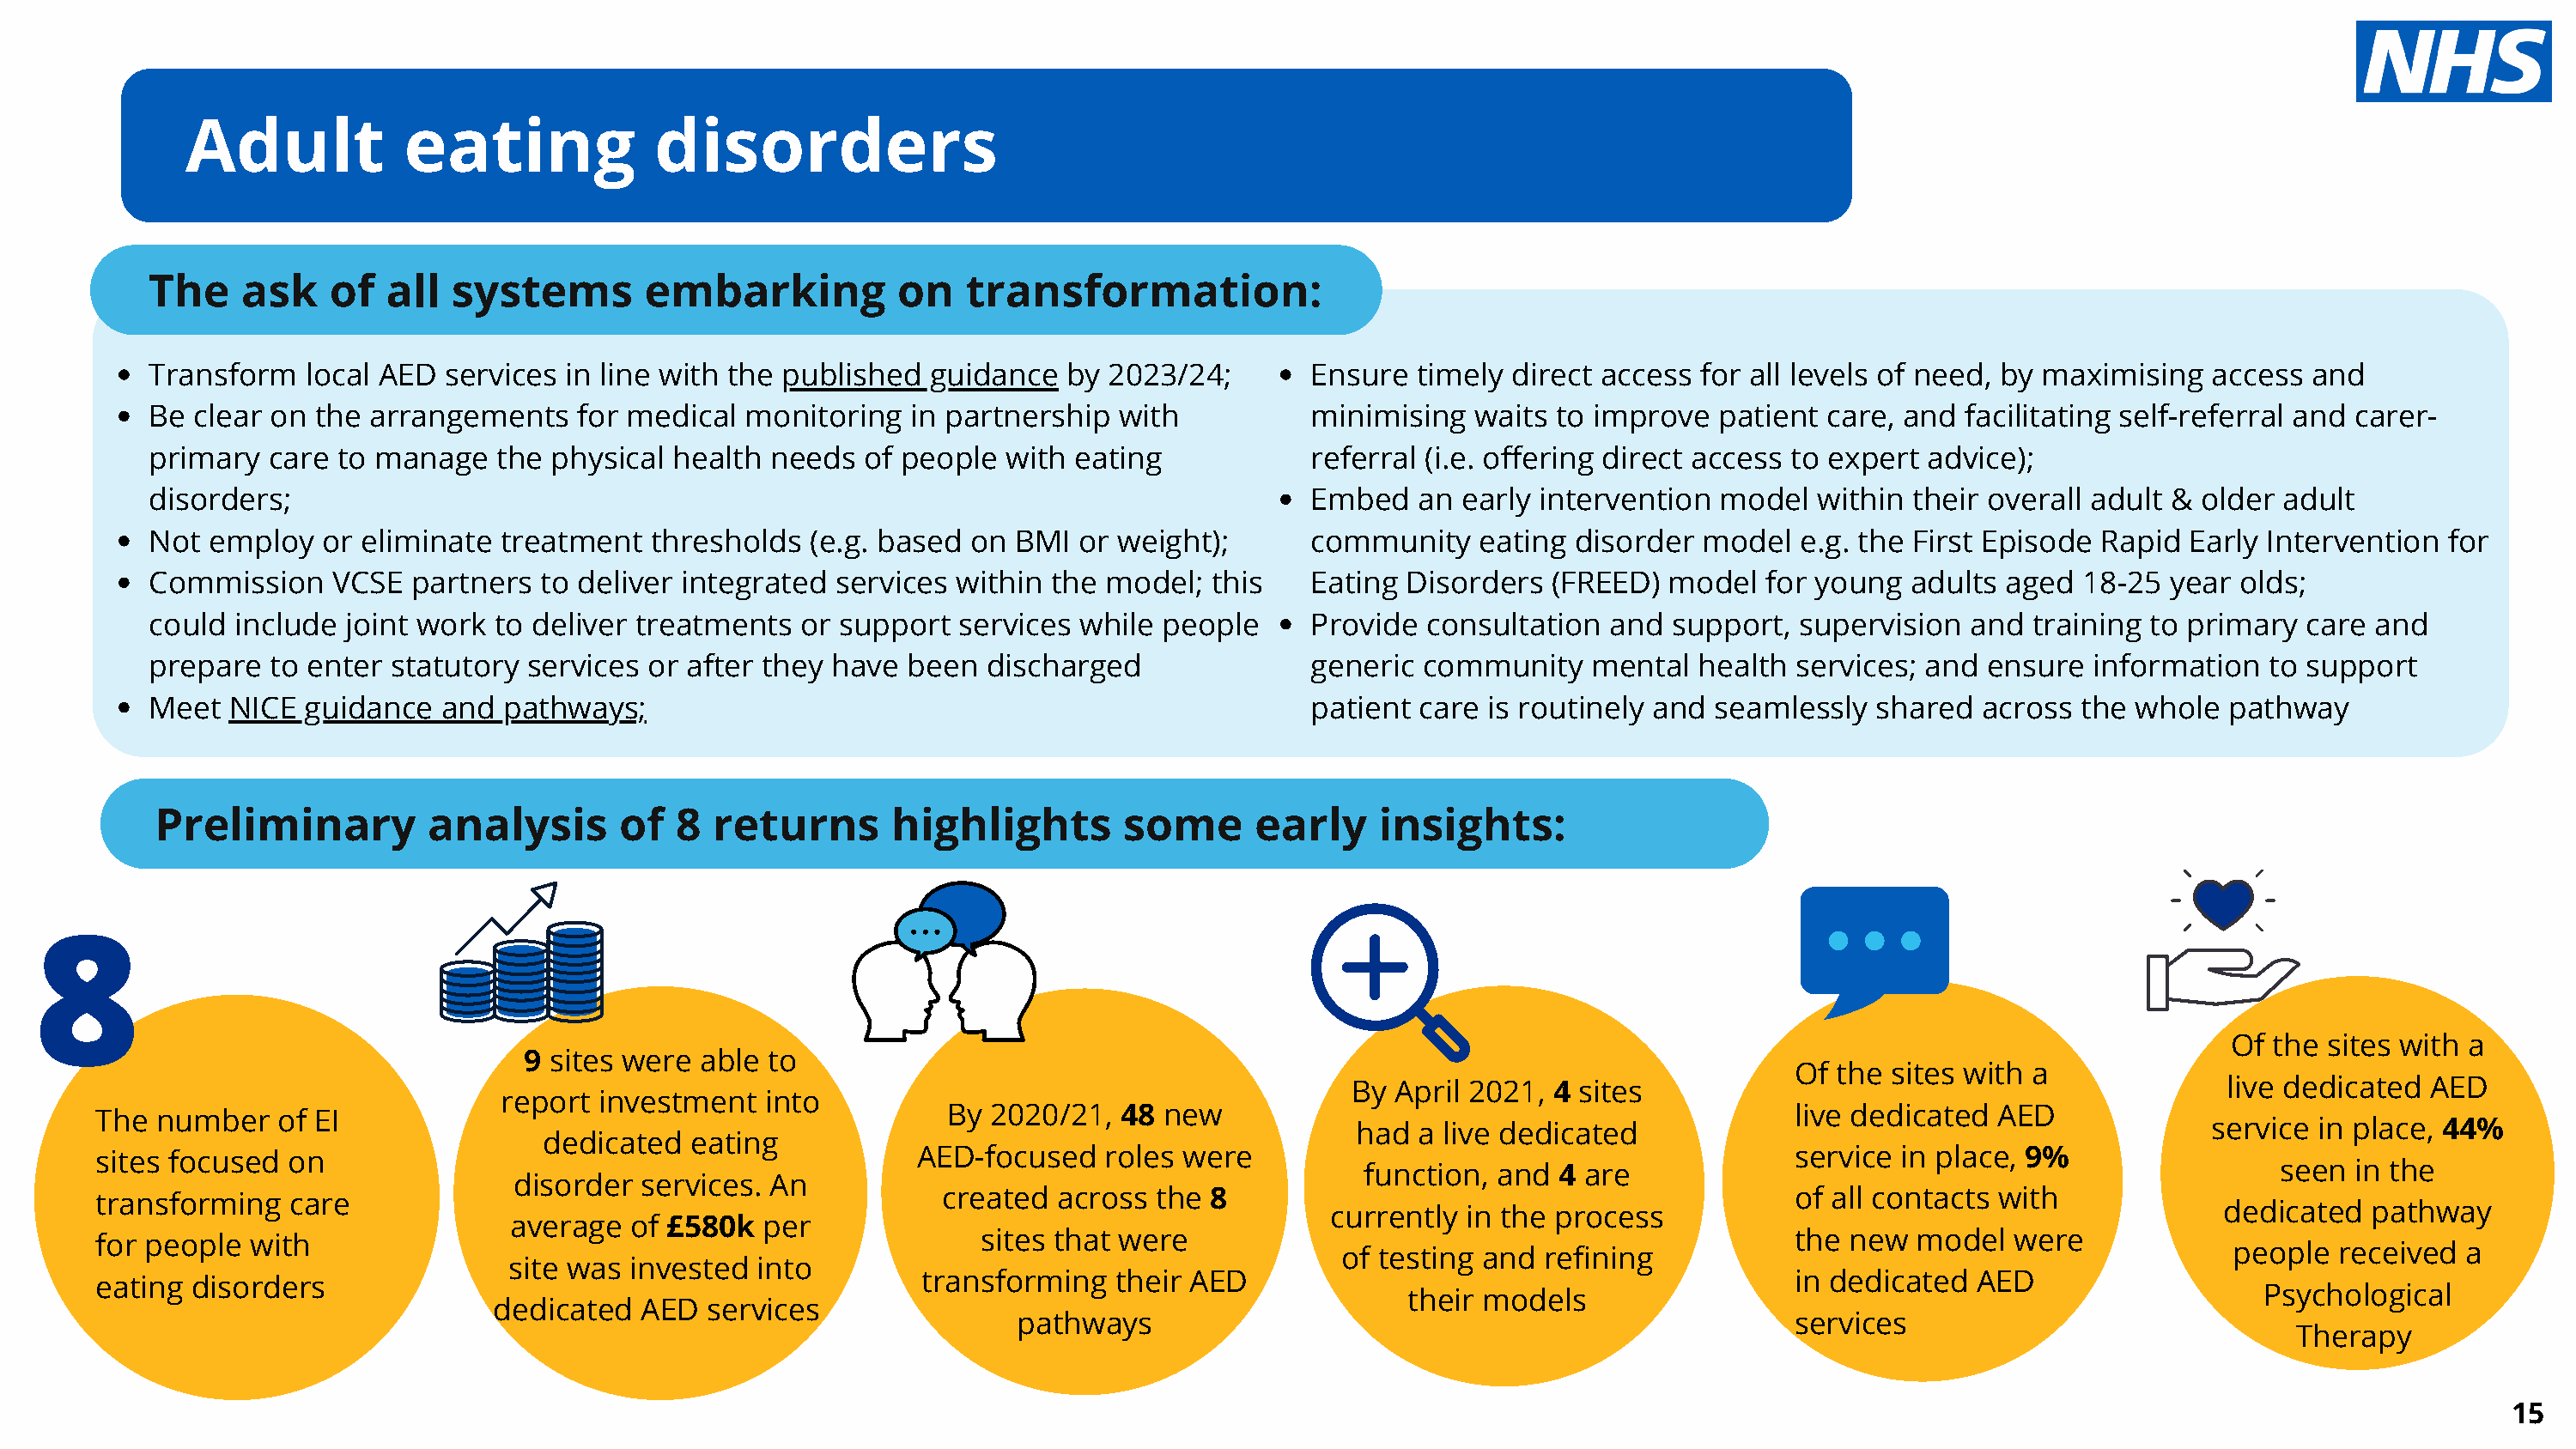
Adult            eating             disorders
 The     ask   of   all  systems        embarking          on   transformation:
 Transform    local AED services  in line with the published  guidance  by 2023/24;        Ensure  timely  direct access for all levels of need, by maximising   access and
 Be  clear on the arrangements     for medical monitoring   in partnership  with           minimising   waits to improve  patient  care, and facilitating self-referral and carer-
 primary   care to manage   the physical  health needs   of people  with eating            referral (i.e. offering direct access to expert advice);
 disorders;                                                                                Embed   an  early intervention  model  within their overall adult &  older adult
 Not  employ   or eliminate  treatment  thresholds  (e.g. based  on BMI  or weight);       community    eating disorder  model   e.g. the First Episode Rapid  Early Intervention  for
 Commission     VCSE  partners  to deliver integrated services  within the model;  this    Eating Disorders   (FREED)  model  for young  adults  aged  18-25 year  olds;
 could  include  joint work to deliver treatments   or support  services while  people     Provide  consultation  and  support,  supervision  and  training to primary  care and
 prepare   to enter statutory  services or after they have  been  discharged               generic  community    mental  health services; and  ensure  information   to support
 Meet   NICE guidance   and  pathways;                                                     patient care  is routinely and seamlessly   shared  across the  whole  pathway
 Preliminary          analysis       of  8  returns       highlights        some      early    insights:
 8
 Of the sites with a
 9 sites were  able to
 Of  the sites with a
 By  April 2021, 4 sites                                             live dedicated AED
 report investment   into
 By 2020/21,  48  new                                             live dedicated  AED
 The  number   of EI
 had a live dedicated                                             service  in place, 44%
 dedicated  eating
 AED-focused   roles were                                           service  in place, 9%
 sites focused  on
 function, and  4 are                                                   seen  in the
 disorder services. An
 created across  the 8                                            of all contacts with
 transforming   care
 currently in the process                                            dedicated   pathway
 average   of £580k  per
 sites that were                                               the  new  model  were
 for people  with
 of testing and  refining                                             people  received  a
 site was  invested into
 transforming   their AED                                           in dedicated  AED
 eating  disorders
 their models                                                     Psychological
 dedicated  AED   services
 pathways                                                    services
 Therapy
 15